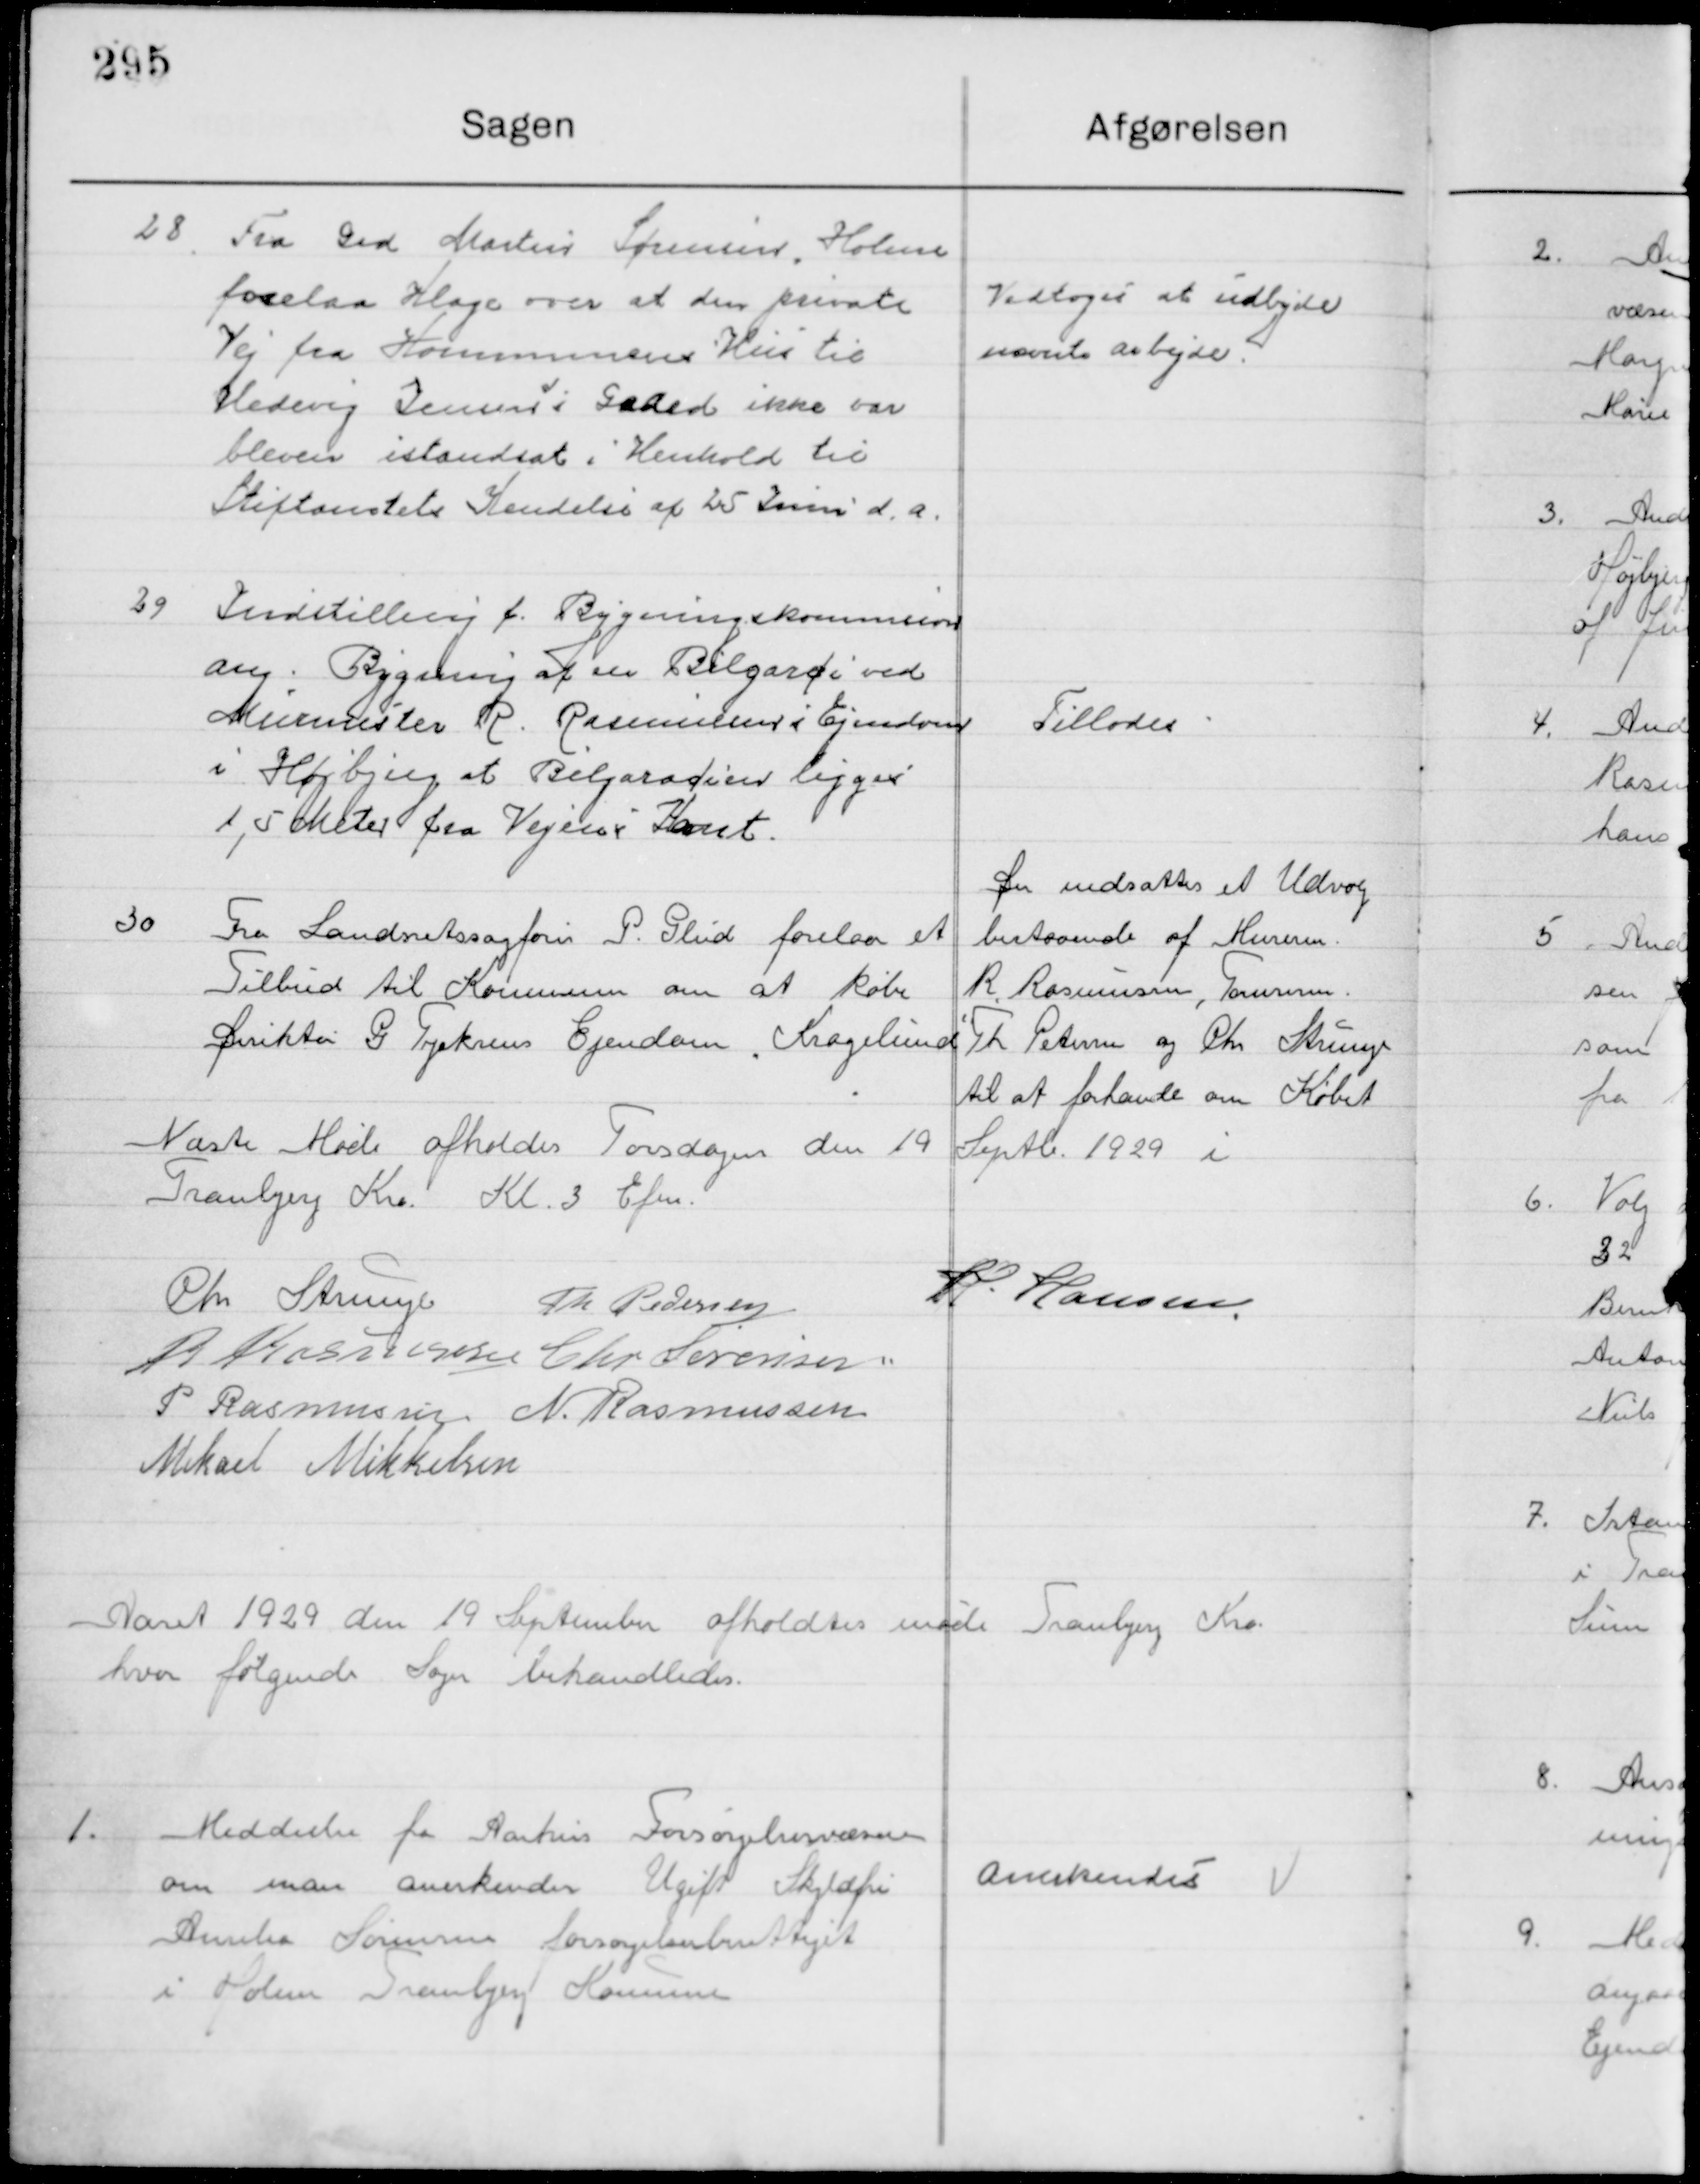
Transskription:
28

Fra Grd Martin Sørensen Holme
forelaa Klage over at en private
Vej fra Kommunens Hus til
Hedevig Jensens Gaard ikke var
bleven istandsat i Henhold til  
Stiftsamtets Kendelse af 25 Juni d. a.

Vedtoges at udbyde
Nævnte arbejde.

29

Indstilling f. Bygningskommissions
ang. Bygning af en Bilgarace i ved
Murermester R. Rasmussens Ejendommen   
I Højbjerg at Bilgaracien ligges
1,5 Meter fra Vejens Kant

Tillodes

30

Fra Landsretssagfører P. Glud forelaa et
Tilbud til kommunen om at købe
Direktør G. Tryksens Ejendom Kragelund

Der udsattes et Udvalg
Bestaaende af Murerm.
R. Rasmussen, Tømrerm.
Th. Petersen og Chr. Strunge,
til at forhandle om Købet.

Næste Møde afholdes Torsdagen den 19 Septb. 1929 i
Tranbjerg Kro Kl. 3 Efm.

Chr. Strunge
Th. Pedersen
H. Hansen
R. Rasmussen
Chr. Sørensen
P. Rasmussen
N. Rasmussen
Mikael Mikkelsen

Aaret 1929 den 19 September afholdtes møde Tranbjerg Kro
Hvor følgende Sager behandledes.

1

Meddelelse fra Aarhus Forsørgelsesvæsen
om man anerkender Ugift Skyldfri
Amalia Sørensen forsørgelsesberettiget 
I Holme Tranbjerg Kommune

Anerkendes